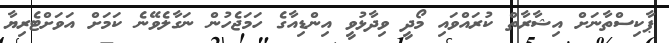
ޕާކިސްތާނަށް އިޝާރާތް ކުރައްވައި މޯދީ ވިދާޅުވީ އިންޑިއާގެ ހަމަޖެހުން ނަގާލެވޭނެ ކަމަށް އަވަށްޓެރިޔާ